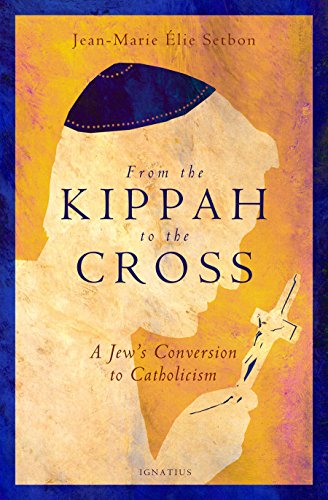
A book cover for From the Kippah to the Cross: A Jew's Conversion to Catholicism; Jean-Marie Elie Setbon; Biographies & Memoirs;